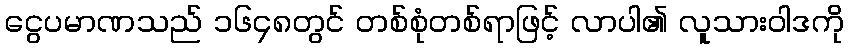
ငွေပမာဏသည် ၁၆၄၈တွင် တစ်စုံတစ်ရာဖြင့် လာပါ၏ လူသားဝါဒကို